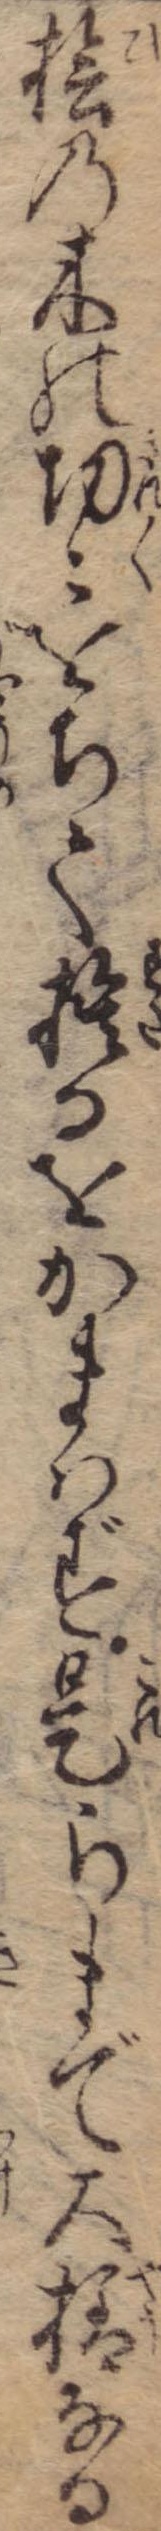
桧の木の切々をちて捨るをかまはず是らまで大様なる